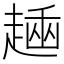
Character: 𧼶